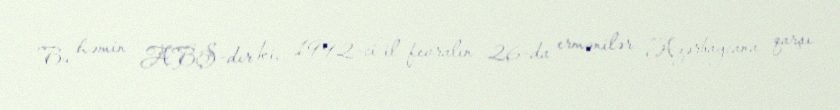
Bu həmin ABŞ-dır ki, 1992-ci il fevralın 26-da ermənilər Azərbaycana qarşı